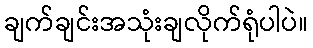
ချက်ချင်းအသုံးချလိုက်ရုံပါပဲ။